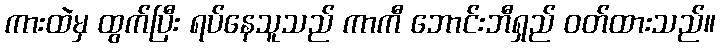
ကားထဲမှ ထွက်ပြီး ရပ်နေသူသည် ကာကီ ဘောင်းဘီရှည် ဝတ်ထားသည်။